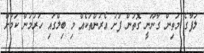
ލަފާގެ މަތިން ގާނޫނީ ގޮތުން ފުށު އެރުންތަކެއް މި ބިލްގައި ހުރުމުން ކަމަށް